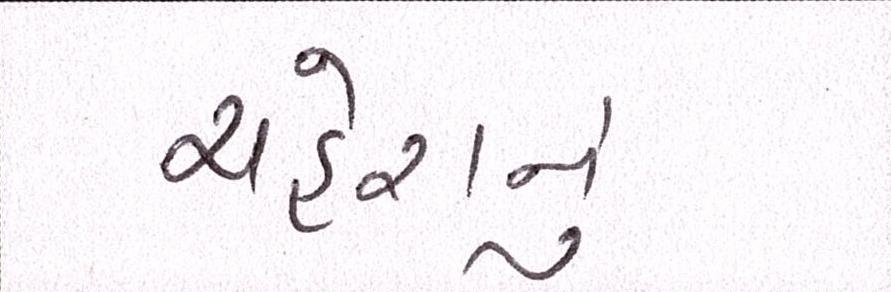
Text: ચહેરાનું